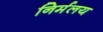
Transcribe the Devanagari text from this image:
निर्मलय